Annual returns of the Patna Lunatic Asylum at Bankipore in Bihar and Orissa - 1912-1924
Year: 1912
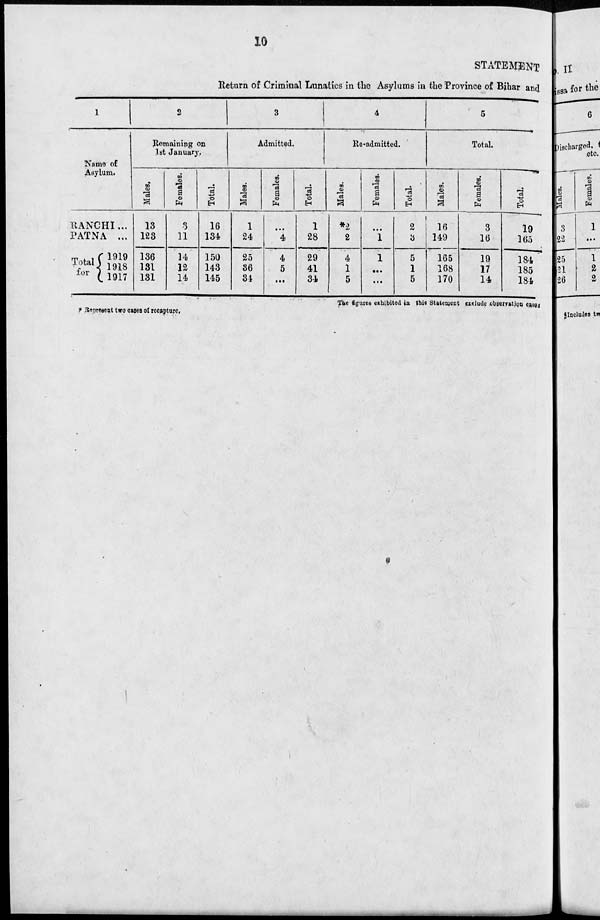
10
STATEMENT
Return of Criminal Lunatics in the Asylums in the Province of Bihar and
1
Name of
Asylum.
RANCHI ...
PATNA ...
Total
for
1919
1918
1917
2
Remaining on
1st January.
Males.
13
123
136
131
131
Females.
3
11
14
12
14
Total.
16
134
150
143
145
3
Admitted.
Males.
1
24
25
36
34
Females.
...
4
4
5
...
Total.
1
28
29
41
34
4
Re-admitted.
Males.
*2
2
4
1
5
Females.
...
1
1
...
...
Total.
2
3
5
1
5
5
Total.
Males.
16
149
165
168
170
Females.
3
16
19
17
14
Total.
19
165
184
185
184
* Represent two cases of recapture.
The figures exhibited in this Statement exclude observation cases.